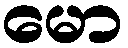
မော